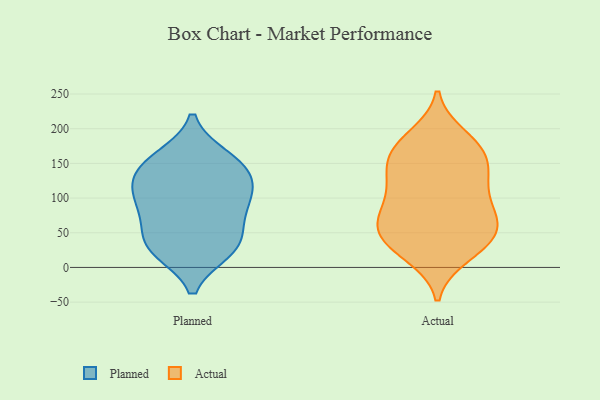
{"axis": {"x": "Waste Production (Tons)", "y": "Value"}, "legend": ["Actual", "Planned"], "data": [{"x": "", "y": 108, "type": "Planned"}, {"x": "", "y": 24, "type": "Planned"}, {"x": "", "y": 40, "type": "Planned"}, {"x": "", "y": 124, "type": "Planned"}, {"x": "", "y": 61, "type": "Planned"}, {"x": "", "y": 25, "type": "Planned"}, {"x": "", "y": 81, "type": "Planned"}, {"x": "", "y": 91, "type": "Planned"}, {"x": "", "y": 103, "type": "Planned"}, {"x": "", "y": 28, "type": "Planned"}, {"x": "", "y": 159, "type": "Planned"}, {"x": "", "y": 157, "type": "Planned"}, {"x": "", "y": 142, "type": "Planned"}, {"x": "", "y": 136, "type": "Planned"}, {"x": "", "y": 49, "type": "Actual"}, {"x": "", "y": 131, "type": "Actual"}, {"x": "", "y": 172, "type": "Actual"}, {"x": "", "y": 167, "type": "Actual"}, {"x": "", "y": 175, "type": "Actual"}, {"x": "", "y": 70, "type": "Actual"}, {"x": "", "y": 28, "type": "Actual"}, {"x": "", "y": 188, "type": "Actual"}, {"x": "", "y": 63, "type": "Actual"}, {"x": "", "y": 135, "type": "Actual"}, {"x": "", "y": 157, "type": "Actual"}, {"x": "", "y": 34, "type": "Actual"}, {"x": "", "y": 67, "type": "Actual"}, {"x": "", "y": 118, "type": "Actual"}, {"x": "", "y": 119, "type": "Actual"}, {"x": "", "y": 77, "type": "Actual"}, {"x": "", "y": 38, "type": "Actual"}, {"x": "", "y": 85, "type": "Actual"}, {"x": "", "y": 18, "type": "Actual"}]}